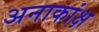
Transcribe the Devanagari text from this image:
अनाकांक्ष